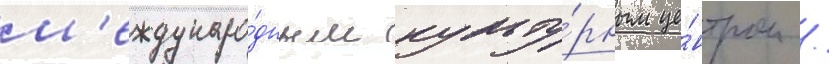
м'еждунаро́дным культу́рным це́нтром /